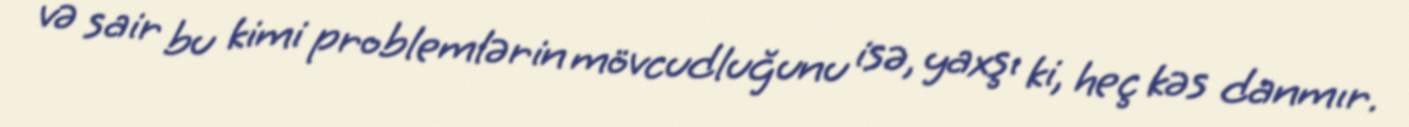
və sair bu kimi problemlərin mövcudluğunu isə, yaxşı ki, heç kəs danmır.